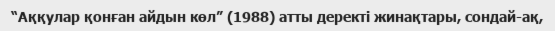
“Аққулар қонған айдын көл” (1988) атты деректі жинақтары, сондай-ақ,